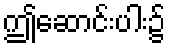
ဤဆောင်းပါး၌